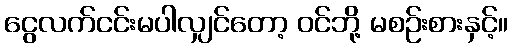
ငွေလက်ငင်းမပါလျှင်တော့ ဝင်ဘို့ မစဉ်းစားနှင့်။